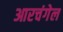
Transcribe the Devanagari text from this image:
आरचंगेल